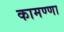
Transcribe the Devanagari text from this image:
कामण्णा